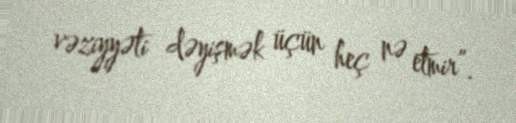
vəziyyəti dəyişmək üçün heç nə etmir”.